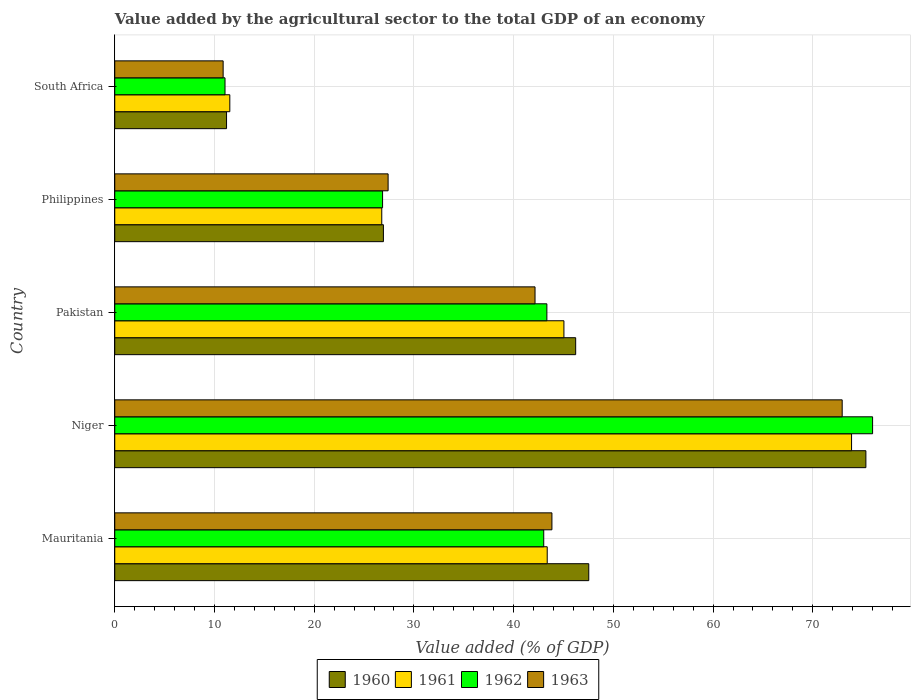
| Country | 1960 | 1961 | 1962 | 1963 |
 | --- | --- | --- | --- | --- |
 | Mauritania | 47.5 | 43.4 | 43 | 43.8 |
 | Niger | 75.3 | 73.9 | 76 | 72.9 |
 | Pakistan | 46.2 | 45 | 43.3 | 42.1 |
 | Philippines | 26.9 | 26.8 | 26.9 | 27.4 |
 | South Africa | 11.2 | 11.5 | 11.1 | 10.9 |